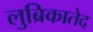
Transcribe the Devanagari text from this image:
लुब्रिकातेद